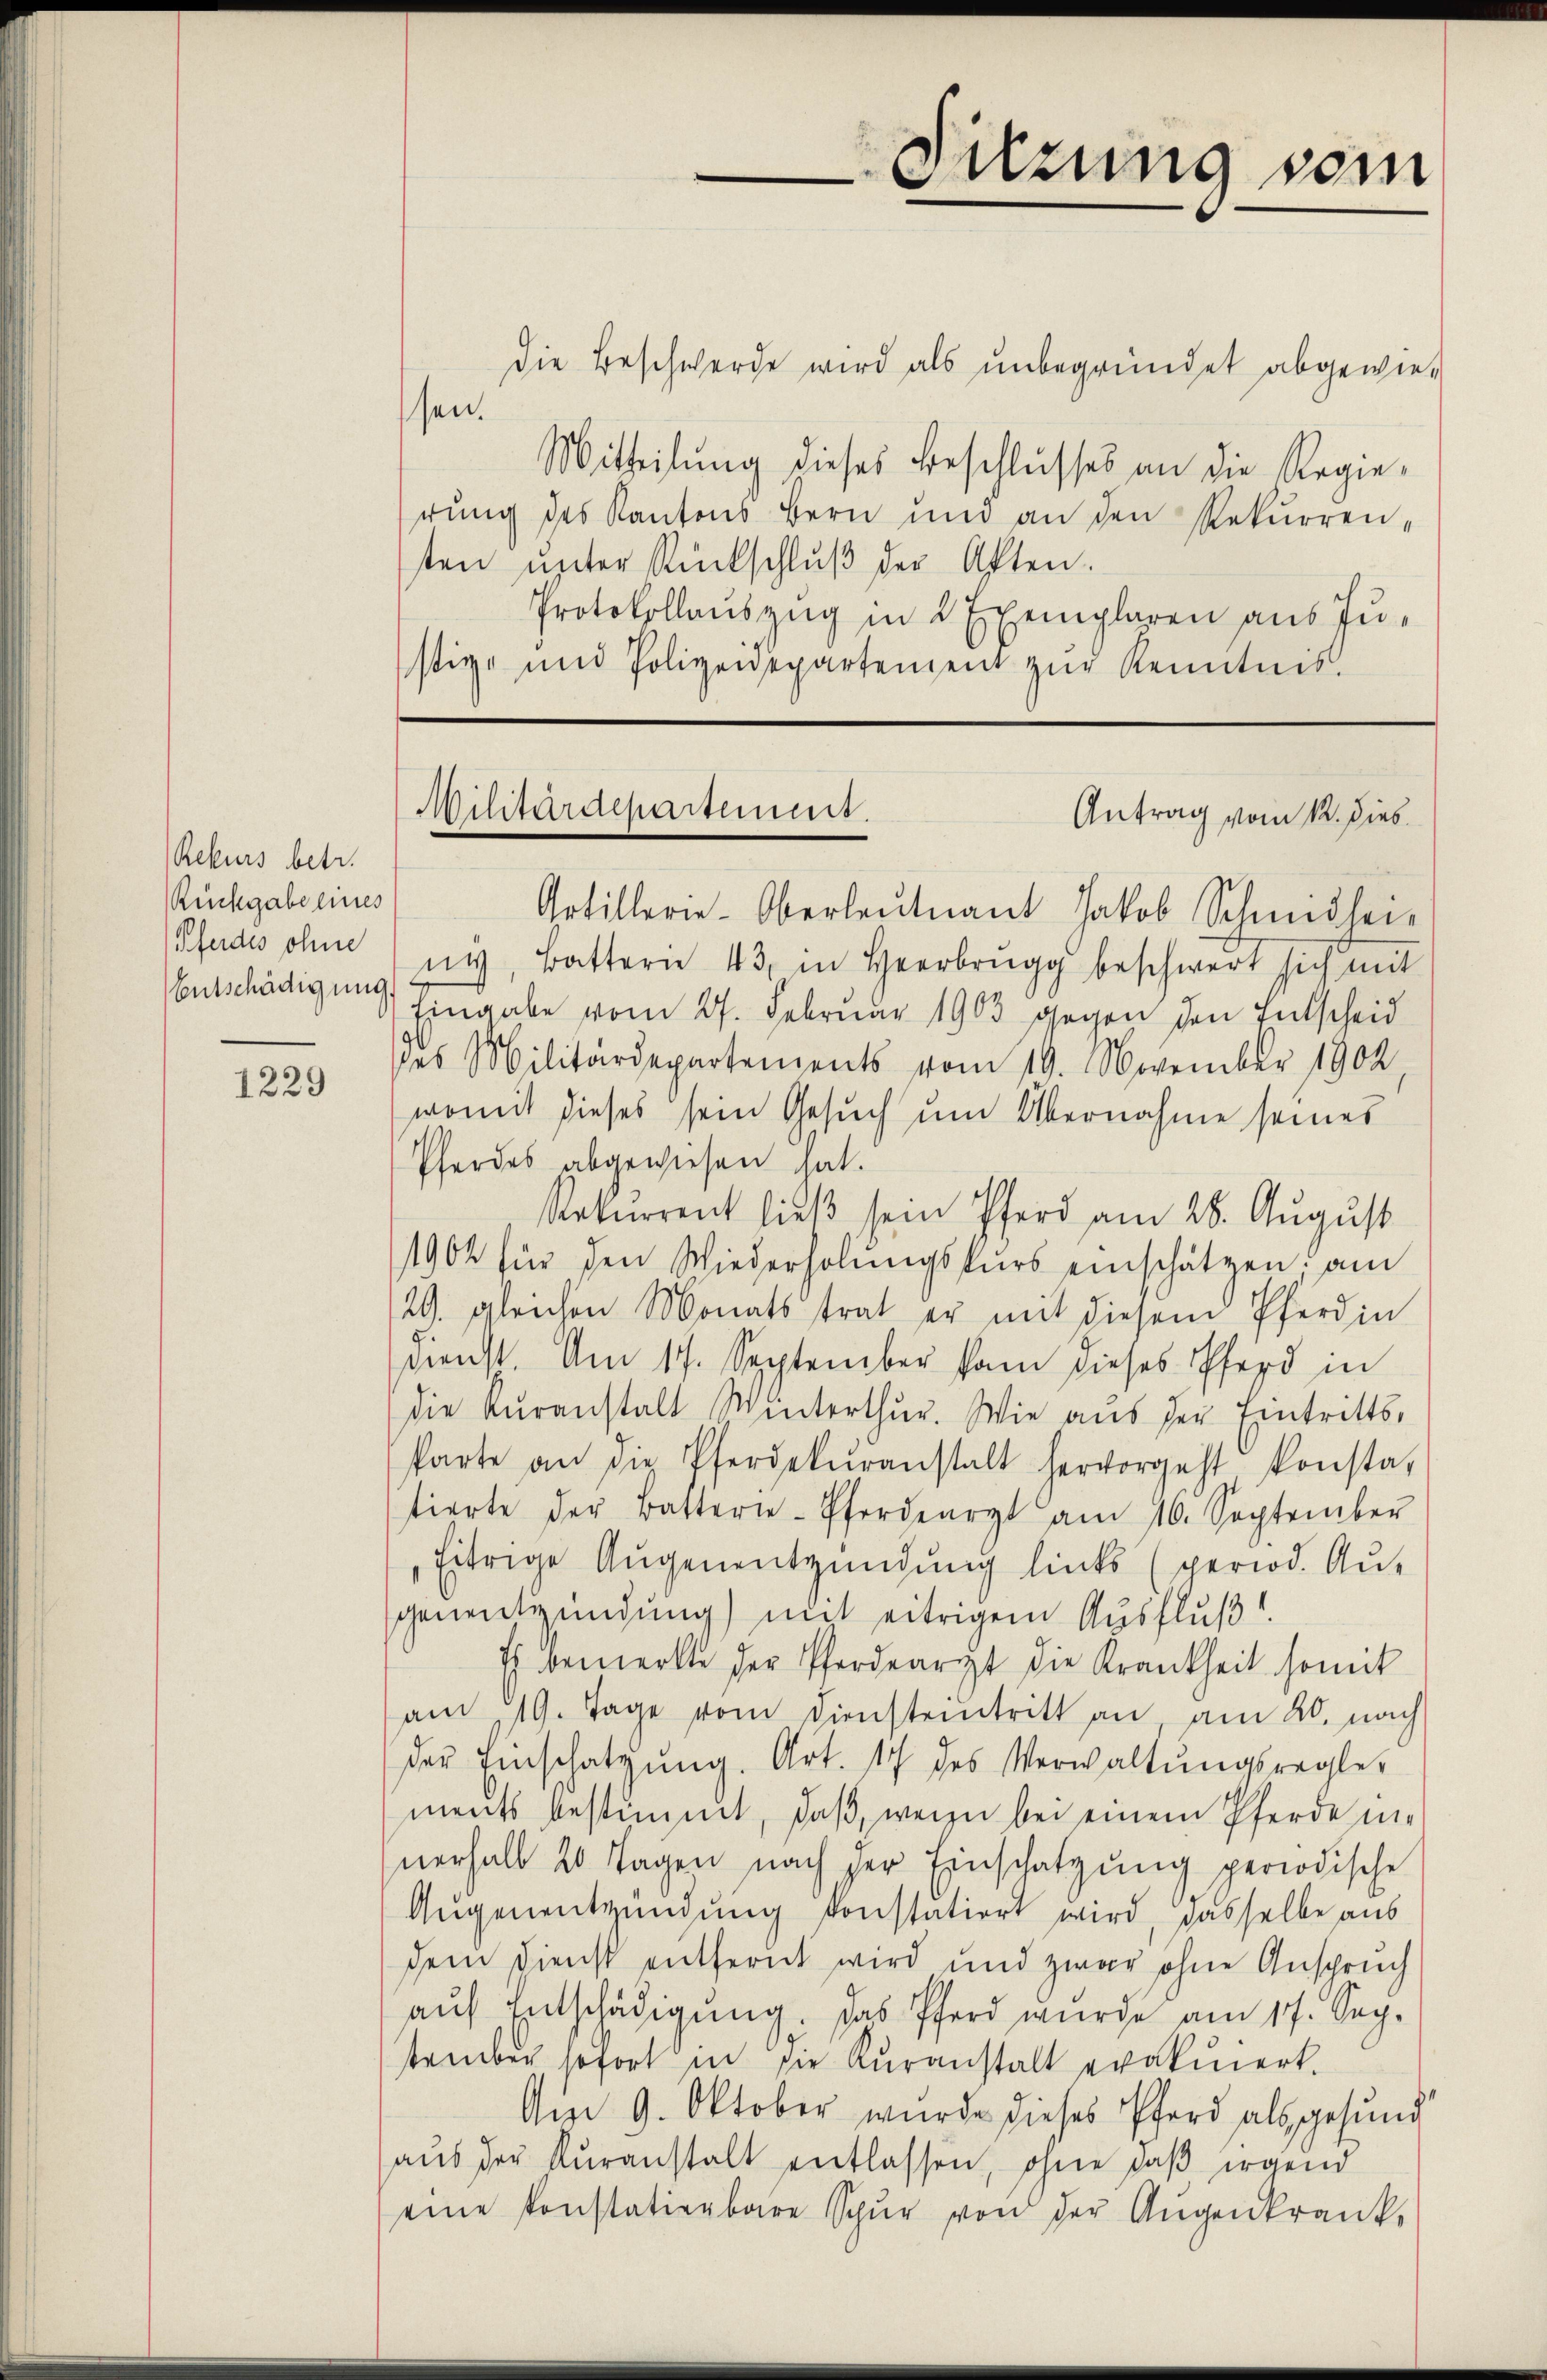
Rekurs betr.
Rückgabe eines
Pferdes ohne

1229

die Beschwerde wird als unbegründet abgewiesen.
Mitteilŭng dieses Beschlusses an die Regie-
rung des Kantons Bern und an den Rekurren-
ten ŭnter Rückschlŭβ der Akten.
Protokollaŭszŭg in 2 Exemplaren aus Justige und Polizeidepartement zŭr Kenntnis.

Entschädigŭng in Batterie 43, in Heerbrugg beschwert sich mit
Eingabe vom 27. Februar 1903 gegen den Entscheid
des Militärdepartements vom 19. November 1902,
womit dieses sein Gesŭch ŭm Übernahme seines
Pferdes abgewiesen hat.
Rekurrent ließ sein Pferd am 28. August
1904 für den Wiederholŭngskŭrs einschätzen. am
29. gleichen Monatstrat er mit diesem Pferdin
Dienst. Am 17. September kam dieses Pferd in
die Kŭranstalt Winterthur. Wie aŭs der Eintritts-
karte an die Pferdekŭranstalt hervorgeht konstat
tierte der Batterie-Pferdearzt am 16. September
Eitrige Augenentzündung links (period. Au-
genentzündung) mit eitrigem Ausfluß
Es bemerkte der Pferdearzt die Krankheit somit
am 19. Tage vom Diensteintritt an am 20. nach
der Einschatzŭng. Art. 17 des Verwaltŭngsregler
ments bestimmt, daß, wenn bei einem Pferde mi
nerhalb 20 Tagen nach der Einschatzŭng periodische
Augenentzündung konstatiert wird, dasselbe aus
dem Dienst entfernt wird und zwar ohne Anspruch
aŭf Entschädigŭng. Das Pferd wurde am 17. Sep.
tember sofort in die Kuranstalt erakmert.
Am 9. Oktober wurde dieses Pferd als gesund
aus der Kuranstalt entlassen, ohne daß irgend
eine konstatienbare Spur von der Aŭgenkrank-

Sitzung vom

Militärdepartement.
Antrag vom 12. Dies
Artillerie-Oberleutnant Jakob Schmidhei-